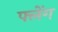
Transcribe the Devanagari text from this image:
फ्लेंग